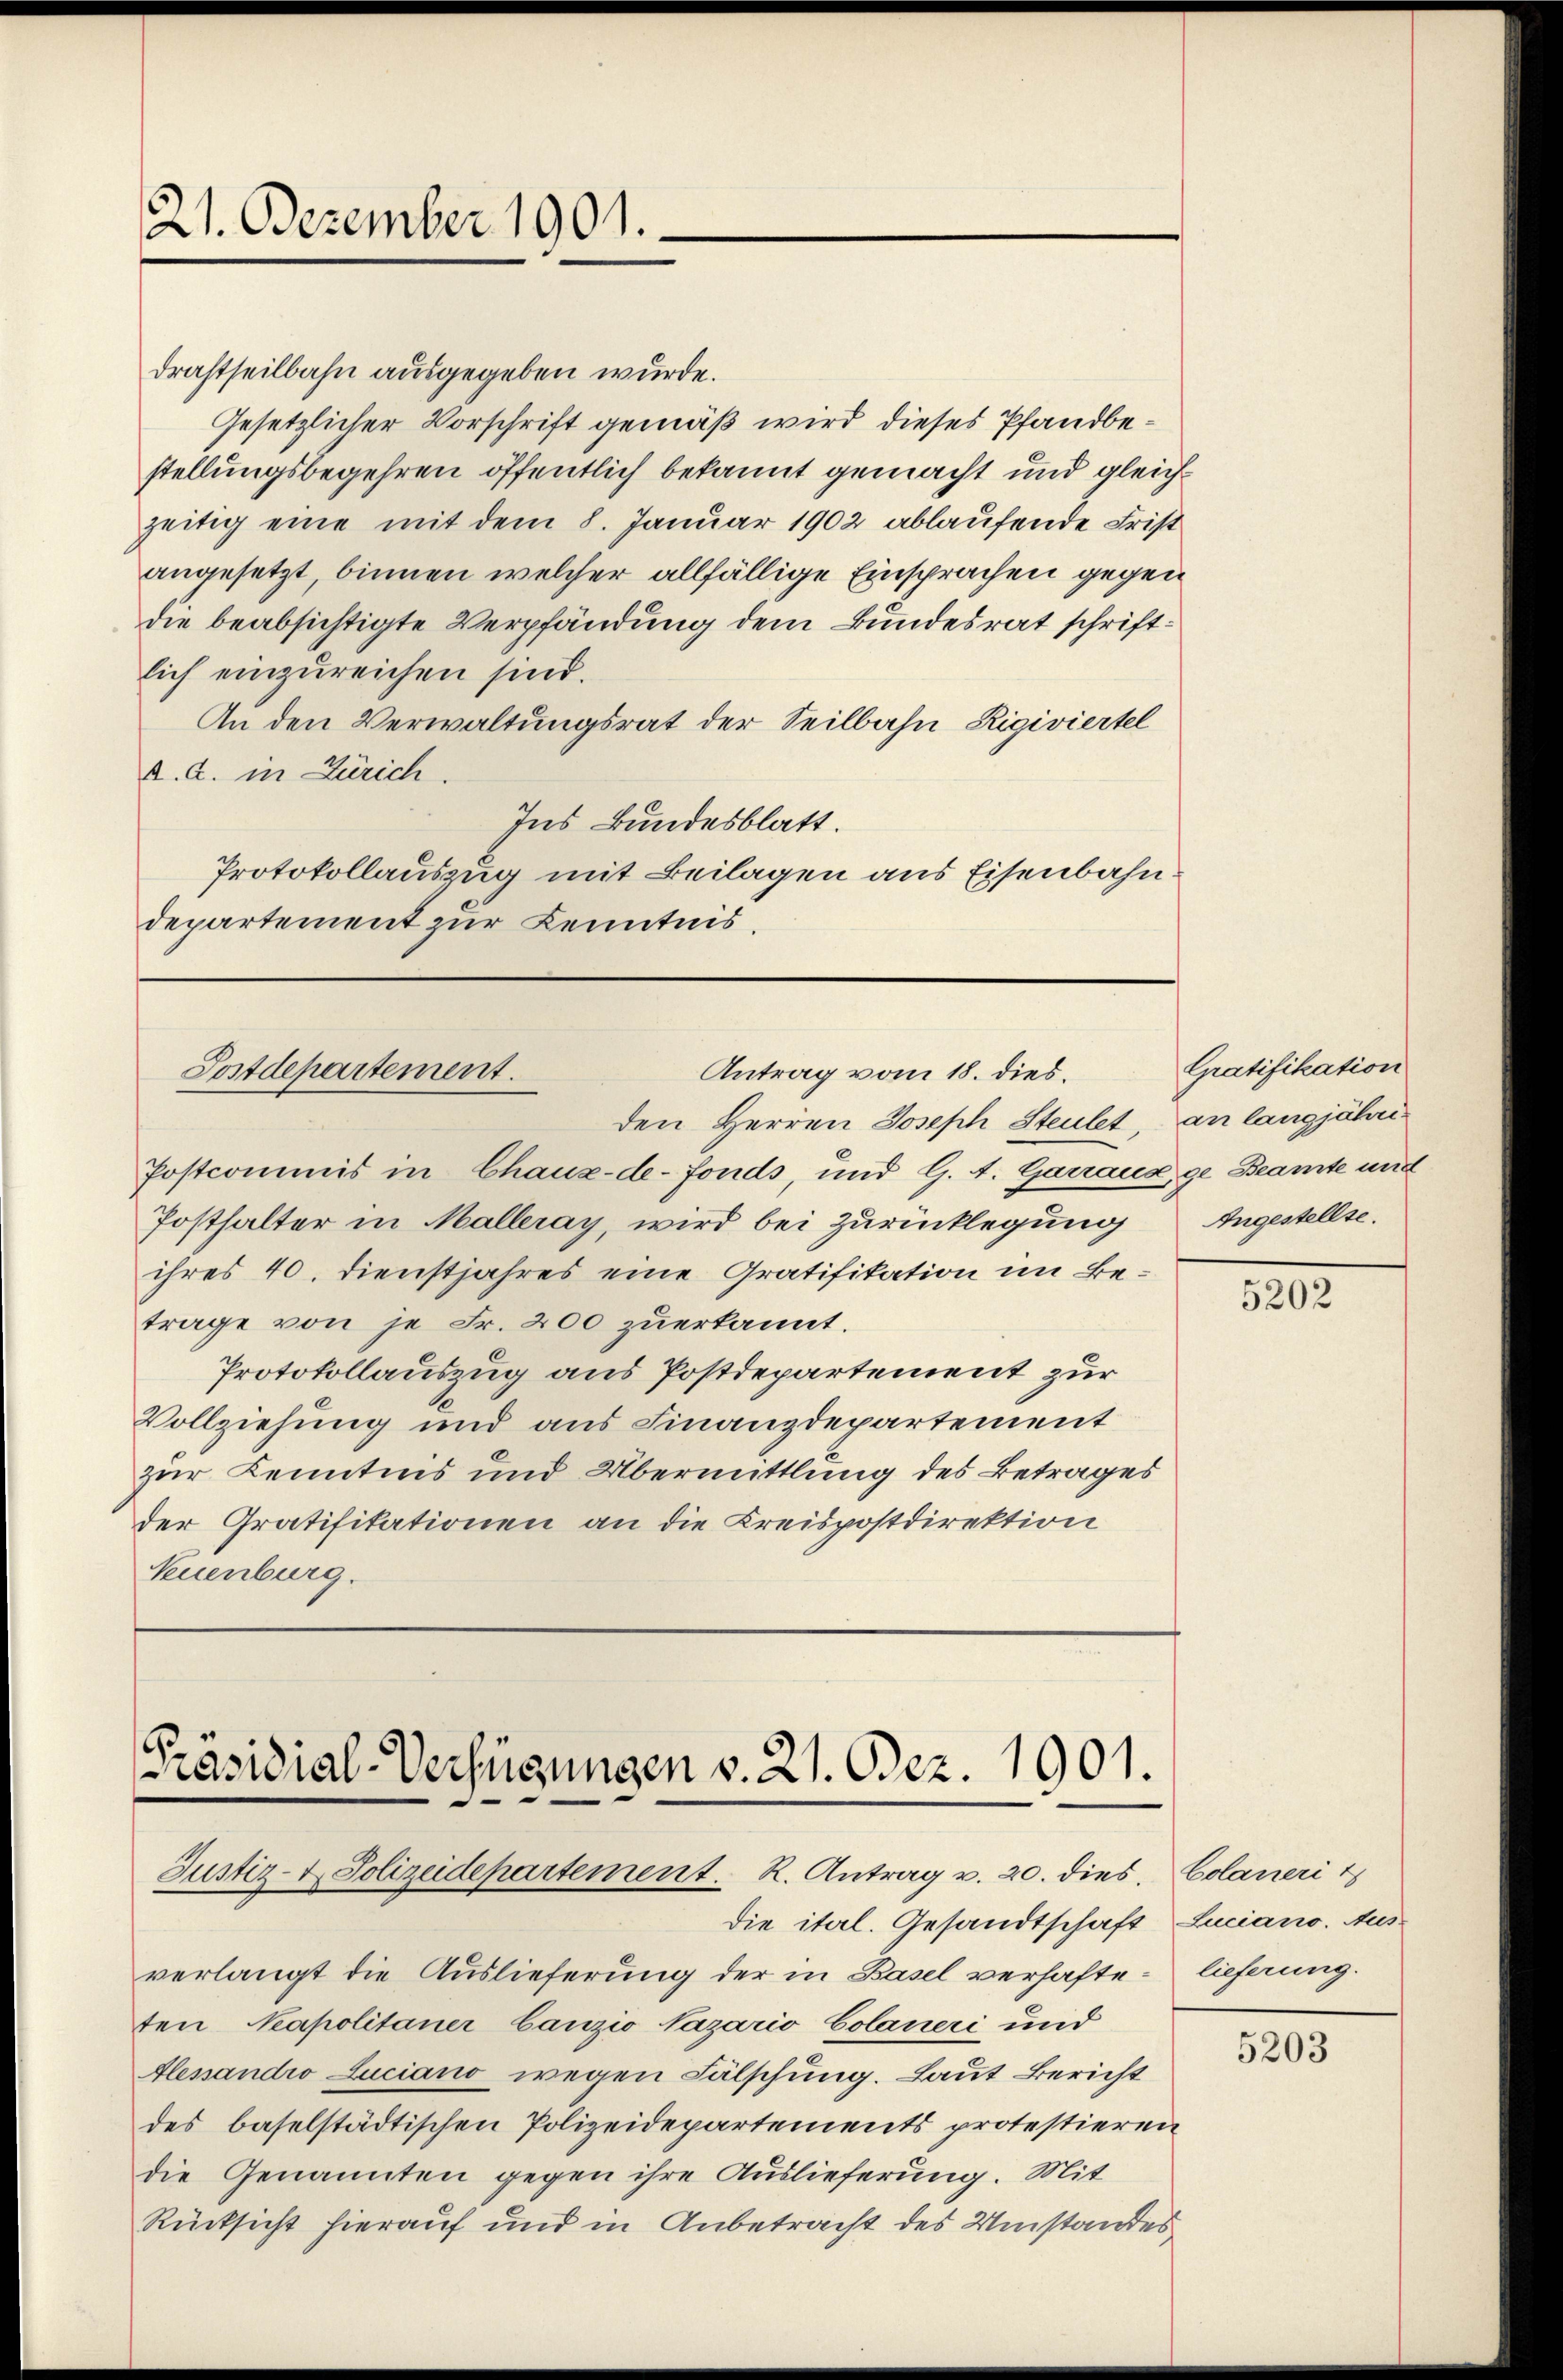
21. Dezember 1901.

Drahtheilbahn ausgegeben wurde.
Gesetzlicher Vorschrift gemäß wird dieses Pfandbestellungsbegehren öffentlich bekannt gemacht und gleichzeitig eine mit dem 8. Januar 1902 ablaufende Frist
angesetzt, binnen welcher allfällige Einsprachen gegen
die beabsichtigte Verpfändung dem Bundesrat schriftlich einzureichen sind.
An den Verwaltungsrat der Seilbahn Rigiviertel
K. A. in Zürich.
Ins Bundesblatt.
Protokollauszug mit Beilagen aus Eisenbahndepartement zur Kenntnis.

Antrag vom 18. dies.
Postdepartement.
den Herren Joseph Steulet, an langjähri¬

Postcommis in Chaux-de-Fonds, und G. A. Garraus, ge Beamte und
Posthalter in Malleray, wird bei Zurücklegung
ihres 40. Dienstjahres eine Gratifikation im Betrage von je Fr. 200 zuerkannt.
Protokollauszug aus Postdepartement zur
Vollziehung und aus Finanzdepartement
zur Kenntnis und Übermittlung des Betrages
der Gratifikationen an die Kreispostdirektion
Neuenburg.

Präsidial-Verfügungen v. 21. Dez. 1901.
Justiz- u. Polizeidepartement. R. Antrag v. 20. dies. Colaneri t

die itel. Gesandtschaft Luciano. Aus
verlangt die Auslieferung der in Basel verhafte lieferung.
ten Neapolitaner bauzio Nazario Colaneri und
Alessandio Luciano wegen Fälschung. Laut Bericht
des baselstädtischen Polizeidepartements protestieren
die Genannten gegen ihre Auslieferung. Mit
Rücksicht hierauf und in Anbetracht des Umstandes

Gratifikation
Angestellte.

5202

5203